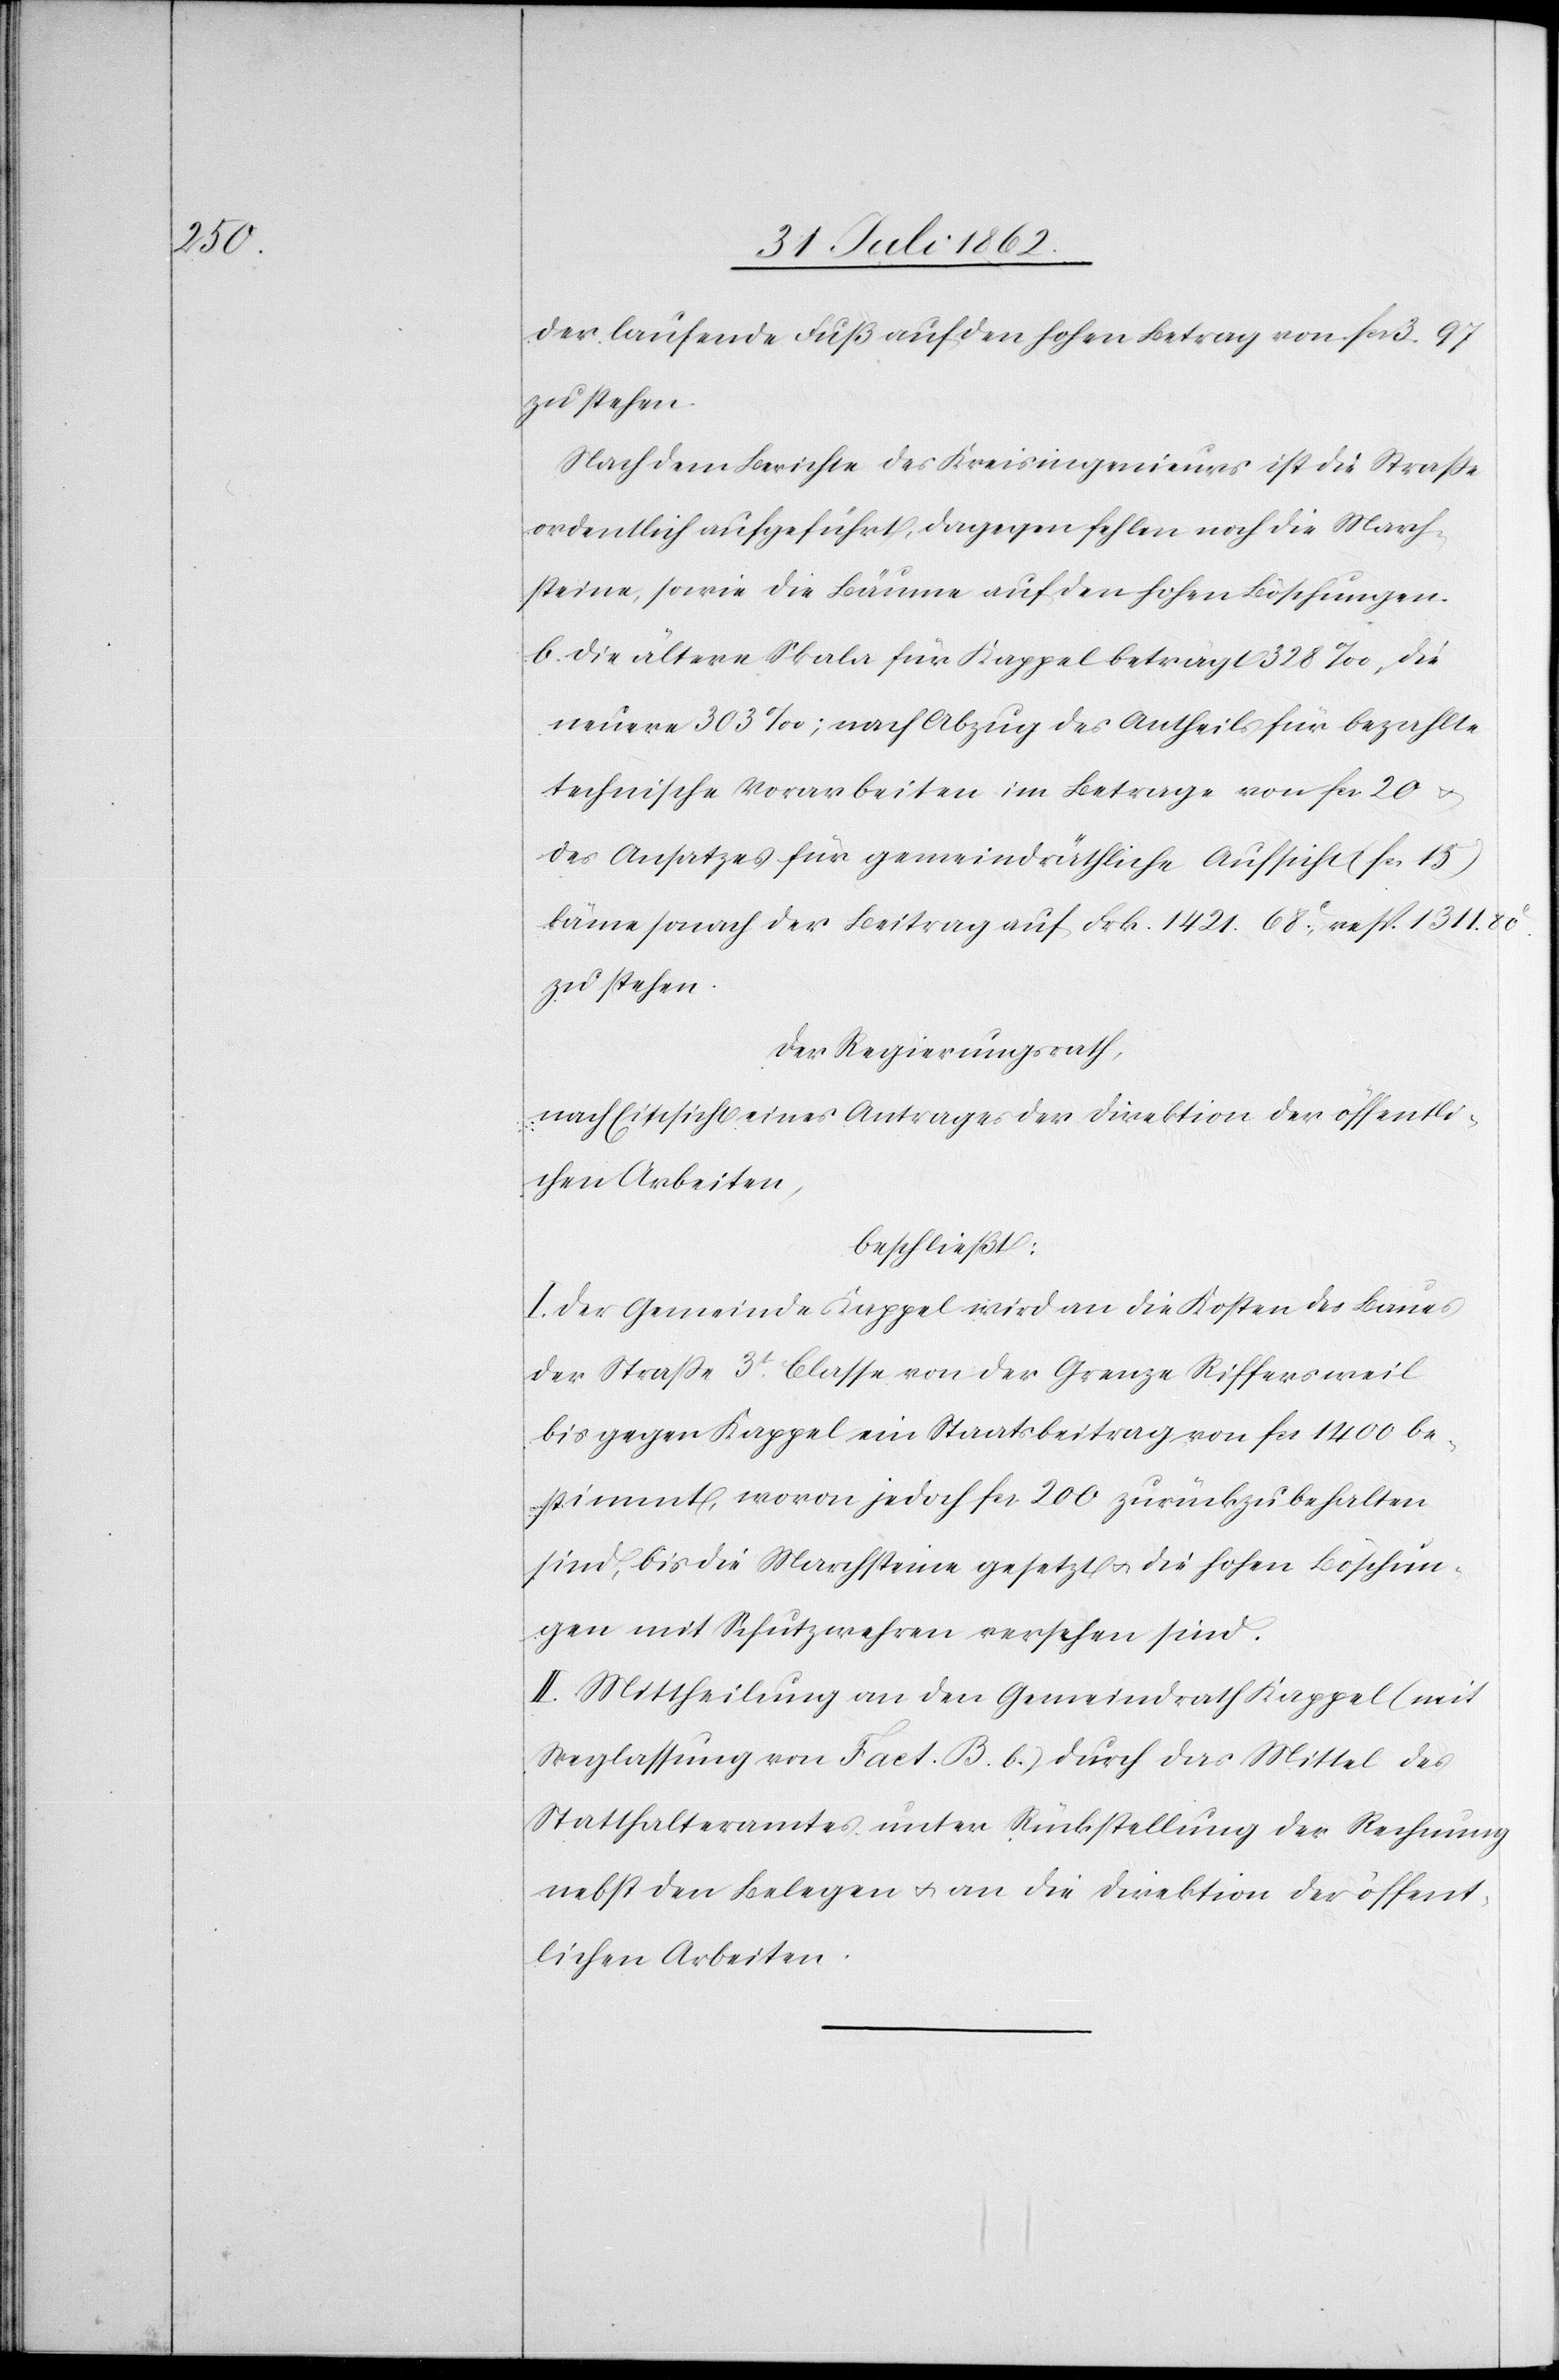
der laufende Fuß auf den hohen Betrag von fcs. 3. 97
zu stehen.
Nach dem Berichte des Kreisingenieurs ist die Straße
ordentlich aufgeführt, dagegen fehlen noch die March¬
steine, sowie die Bäume auf den hohen Böschungen.
b. Die ältere Skala für Kappel beträgt 328‰, die
neuere 303‰; nach Abzug des Antheils für bezahlte
technische Vorarbeiten im Betrage von fcs. 20
des Ansatzes für gemeindräthliche Aufsicht (fcs. 15)
käme sonach der Beitrag auf Fr, 1421 68C resp. 1311.
zu stehen.
Der Regierungsrath,
nach Einsicht eines Antrages der Direktion der öffentli¬
chen Arbeiten,
beschließt:
I. Der Gemeinde Kappel wird an die Kosten des Baues
der Straße 3t Classe von der Grenze Riffersweil
bis gegen Kappel ein Staatsbeitrag von fcs. 1400 be¬
stimmt, wovon jedoch fcs. 200 zurückzubehalten
sind, bis die Marchsteine gesetzt u. die hohen Böschun¬
gen mit Schutzwehren versehen sind.
II. Mittheilung an den Gemeindrath Kappel (mit
Weglassung von Fact. B. b) durch das Mittel des
Statthalteramtes unter Rückstellung der Rechnung
nebst den Belegen u. an die Direktion der öffent¬
lichen Arbeiten.